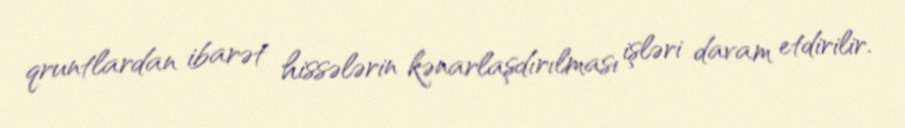
qruntlardan ibarət hissələrin kənarlaşdırılması işləri davam etdirilir.